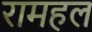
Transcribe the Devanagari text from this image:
रामहल